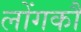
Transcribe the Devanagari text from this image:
लोंगकौ